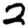
Digit: 2